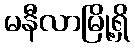
မနီလာမြို့ရှိ